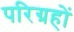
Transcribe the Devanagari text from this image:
परिग्रहों